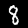
Label: 8